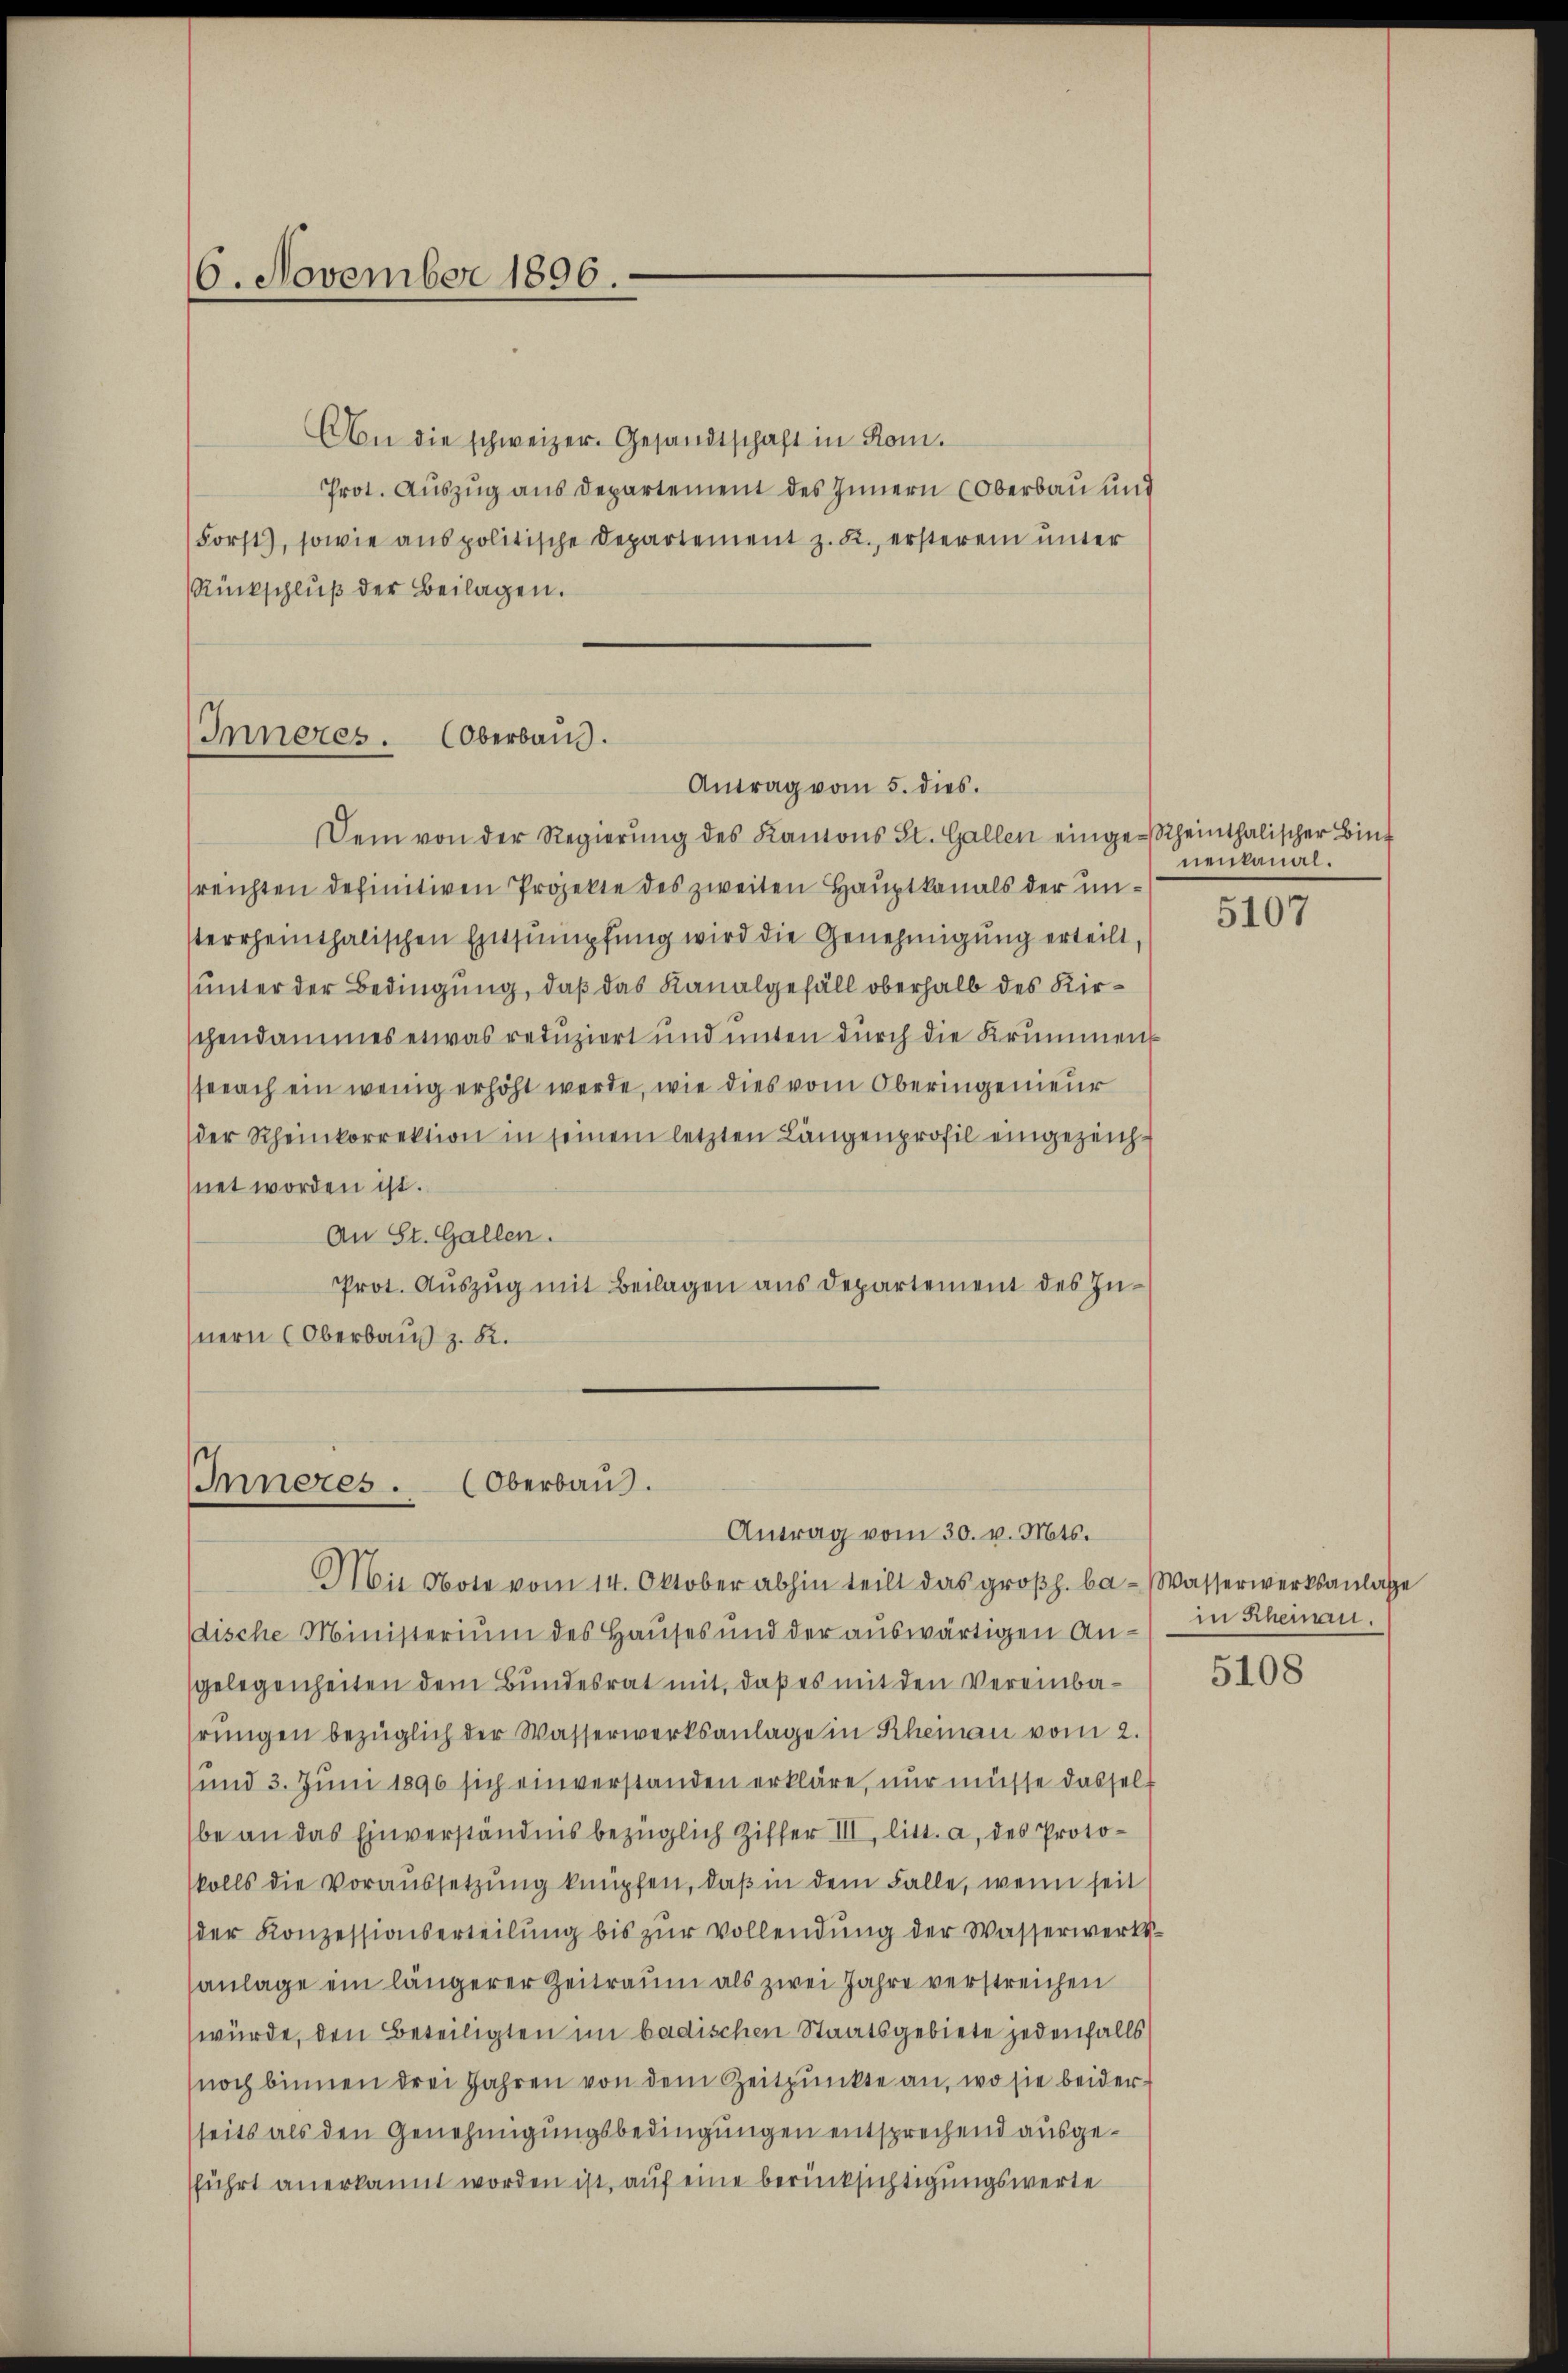
6. November 1896.

An die schweizer. Gesandtschaft in Rom.
Prot. Auszug aus Departement des Innern (Oberbau und
Forst), sowie aus politische Departement z. R., ersterem unter
Rückschlŭβ der Beilagen.

Inneres. (Oberbaus.
Antrag vom 5. dies.

Inneres. (Oberbau

Dem von der Regierung des Kantons St. Gallen eingescheinthalischer Bind
reichten definitiven Projekte des zweiten Hauptkanals der unsterrheinthalischen Entsumpfung wird die Genehmigung erteilt,
unter der Bedingung, daß das Kanalgefäll oberhalb des Kirschendammes etwas reduziert und unten durch die Krummensprach ein wenig erhöht werde, wie dies vom Oberingenieur
der Rheinkorrektion in seinem letzten Längenprofil eingezeichnet worden ist.
An St. Gallen.
Prot. Aŭszŭg mit Beilagen aus Departement des Innern (Oberbaus z. R.

Antrag vom 30. v. Mts.

Mie Note vom 14. Oktober abhin teilt das großh. ba- Wasserwerksanlasse
dische Ministerium des Hauses und der auswärtigen Angelegenheiten dem Bundesrat mit, daß es mit den Vereinbahrungen bezüglich der Wasserwerksanlage in Rheinau vom 2.
und 3. Juni 1890 sich einverstanden erkläre, nur müsse dasselbe an das Einverständnis bezüglich Ziffer III. litt. a. des Protokolls die Voraussetzŭng knüpfen, daβ in dem Falle, wenn seit
der Konzessionserteilŭng bis zŭr Vollendŭng der Wasserwerksanlage ein längerer Zeitraum als zwei Jahre verstreichen
würde, den Beteiligten im badischen Staatsgebiete jedenfalls
noch binnen drei Jahren von dem Zeitpunkte an, wo sie beiderseits als den Genehmigungsbedingungen entsprechend ausgesführt anerkannt worden ist, auf eine berücksichtigungswerte

nenkanal.

5107

in Rheinau.

5108